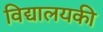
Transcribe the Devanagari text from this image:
विद्यालयकी